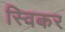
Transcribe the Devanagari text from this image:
स्विकर